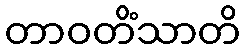
တာဝတိံသာတိ